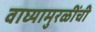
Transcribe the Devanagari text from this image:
वाघ्यामुरळींची